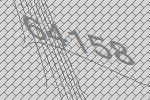
64158